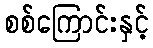
စစ်ကြောင်းနှင့်